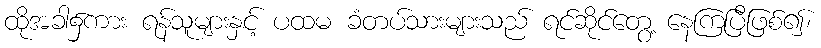
ထိုအခါ၌ကား ရန်သူများနှင့် ပထမ ခံတပ်သားများသည် ရင်ဆိုင်တွေ့ နေကြပြီဖြစ်၍၊